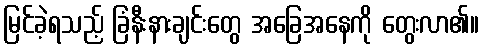
မြင်ခဲ့ရသည့် ခြံနီးနားချင်းတွေ အခြေအနေကို တွေးလာ၏။